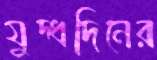
যুদ্ধদিনের